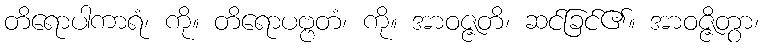
တိရောပါကာရံ၊ ကို။ တိရောပဗ္ဗတံ၊ ကို။ အာဝဇ္ဇတိ၊ ဆင်ခြင်၏။ အာဝဇ္ဇိတွာ၊